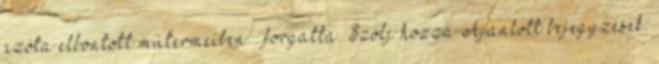
azóta elbontott műtermeiben — forgatta. Szólj hozzá Ajánlott bejegyzések: